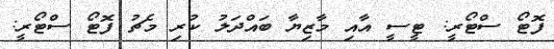
ފޮޓޯ ސްޓޯރީ: ޓީސީ އާއި މާޒިޔާ ބައްދަލު ކުރި މެޗު ފޮޓޯ ސްޓޯރީ: